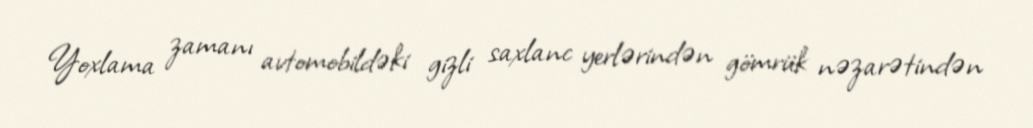
Yoxlama zamanı avtomobildəki gizli saxlanc yerlərindən gömrük nəzarətindən